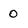
Character: 0